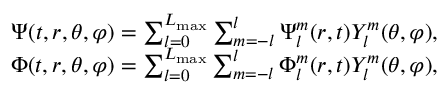
\begin{array} { r } { \Psi ( t , r , \theta , \varphi ) = \sum _ { l = 0 } ^ { L _ { \mathrm { m a x } } } \sum _ { m = - l } ^ { l } { \Psi _ { l } ^ { m } ( r , t ) Y _ { l } ^ { m } ( \theta , \varphi ) } , } \\ { \Phi ( t , r , \theta , \varphi ) = \sum _ { l = 0 } ^ { L _ { \mathrm { m a x } } } \sum _ { m = - l } ^ { l } { \Phi _ { l } ^ { m } ( r , t ) Y _ { l } ^ { m } ( \theta , \varphi ) } , } \end{array}